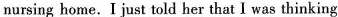
nursing home.I just told her that I was thinking